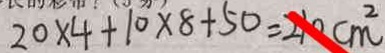
2 0 \times 4 + 1 0 \times 8 + 5 0 = 2 1 0 c m ^ { 2 }